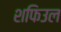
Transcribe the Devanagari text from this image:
शफिउल